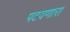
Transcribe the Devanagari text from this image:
पटवणारा